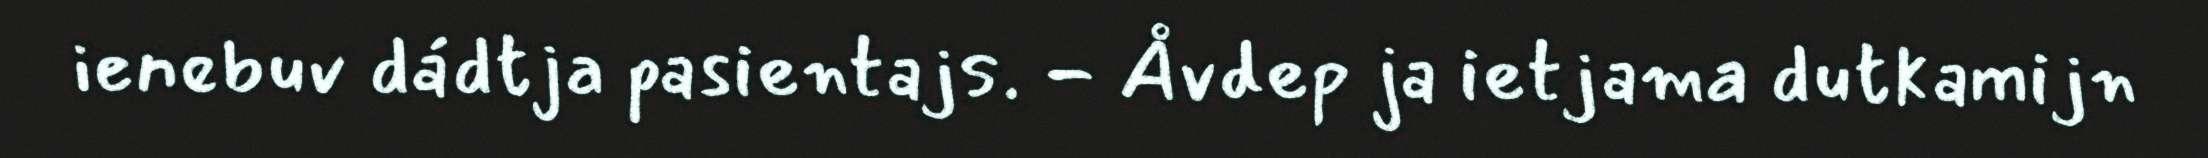
ienebuv dádtja pasientajs. - Åvdep ja ietjama dutkamijn